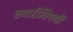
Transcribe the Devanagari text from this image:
तयारीविषयी